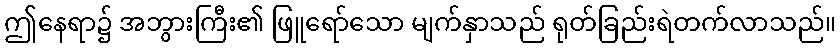
ဤနေရာ၌ အဘွားကြီး၏ ဖြူရော်သော မျက်နှာသည် ရုတ်ခြည်းရဲတက်လာသည်။